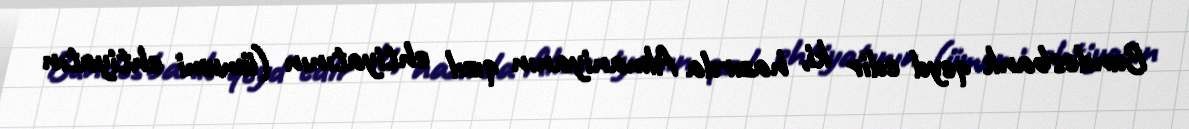
Bundesbank qeyd edir ki, hazırda Almaniyanın qızıl ehtiyatının (ümumi ehtiyatın